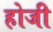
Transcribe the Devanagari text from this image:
होजी